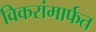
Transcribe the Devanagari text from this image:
विकरांमार्फत